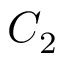
C _ { 2 }